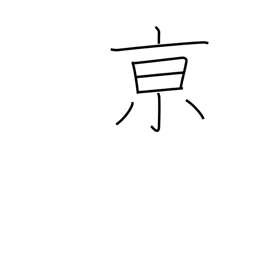
Meaning: capital city